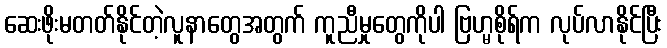
ဆေးဖိုးမတတ်နိုင်တဲ့လူနာတွေအတွက် ကူညီမှုတွေကိုပါ ဗြဟ္မစိုရ်က လုပ်လာနိုင်ပြီး